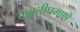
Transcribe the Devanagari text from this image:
कुवतीप्रमाणे